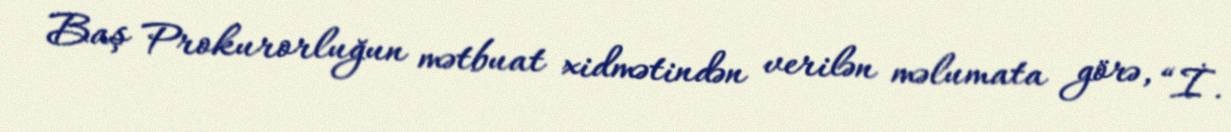
Baş Prokurorluğun mətbuat xidmətindən verilən məlumata görə, “İ.